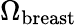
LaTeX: \Omega_{\mathrm{breast}}